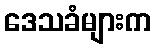
ဒေသခံများက